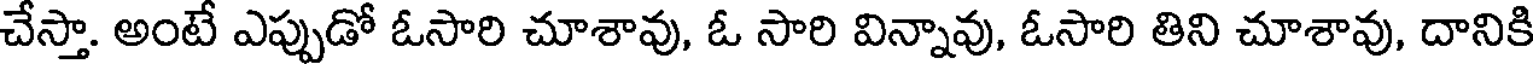
చేస్తా. అంటే ఎప్పుడో ఓసారి చూశావు, ఓ సారి విన్నావు, ఓసారి తిని చూశావు, దానికి